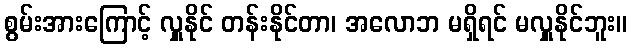
စွမ်းအားကြောင့် လှူနိုင် တန်းနိုင်တာ၊ အလောဘ မရှိရင် မလှူနိုင်ဘူး။